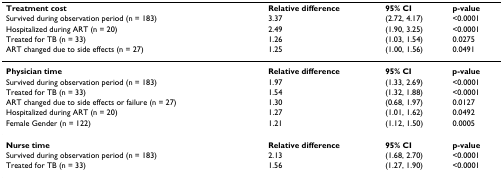
<table><thead><tr><td><b>Treatment cost</b></td><td><b>Relative difference</b></td><td><b>95% CI</b></td><td><b>p-value</b></td></tr><tr><td><b>Survived during observation period (n = 183)</b></td><td><b>3.37</b></td><td><b>(2.72, 4.17)</b></td><td><b>&lt;0.0001</b></td></tr><tr><td><b>Hospitalized during ART (n = 20)</b></td><td><b>2.49</b></td><td><b>(1.90, 3.25)</b></td><td><b>&lt;0.0001</b></td></tr><tr><td><b>Treated for TB (n = 33)</b></td><td><b>1.26</b></td><td><b>(1.03, 1.54)</b></td><td><b>0.0275</b></td></tr><tr><td><b>ART changed due to side effects (n = 27)</b></td><td><b>1.25</b></td><td><b>(1.00, 1.56)</b></td><td><b>0.0491</b></td></tr></thead><tbody><tr><td><b>Physician time</b></td><td><b>Relative difference</b></td><td><b>95% CI</b></td><td><b>p-value</b></td></tr><tr><td>Survived during observation period (n = 183)</td><td>1.97</td><td>(1.33, 2.69)</td><td>&lt;0.0001</td></tr><tr><td>Treated for TB (n = 33)</td><td>1.54</td><td>(1.32, 1.88)</td><td>&lt;0.0001</td></tr><tr><td>ART changed due to side effects or failure (n = 27)</td><td>1.30</td><td>(0.68, 1.97)</td><td>0.0127</td></tr><tr><td>Hospitalized during ART (n = 20)</td><td>1.27</td><td>(1.01, 1.62)</td><td>0.0492</td></tr><tr><td>Female Gender (n = 122)</td><td>1.21</td><td>(1.12, 1.50)</td><td>0.0005</td></tr><tr><td><b>Nurse time</b></td><td><b>Relative difference</b></td><td><b>95% CI</b></td><td><b>p-value</b></td></tr><tr><td>Survived during observation period (n = 183)</td><td>2.13</td><td>(1.68, 2.70)</td><td>&lt;0.0001</td></tr><tr><td>Treated for TB (n = 33)</td><td>1.56</td><td>(1.27, 1.90)</td><td>&lt;0.0001</td></tr></tbody></table>